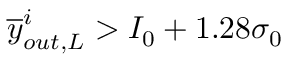
\overline { { y } } _ { o u t , L } ^ { i } > I _ { 0 } + 1 . 2 8 \sigma _ { 0 }